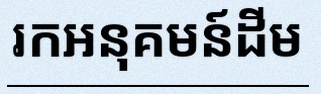
រកអនុគមន៍ដើម